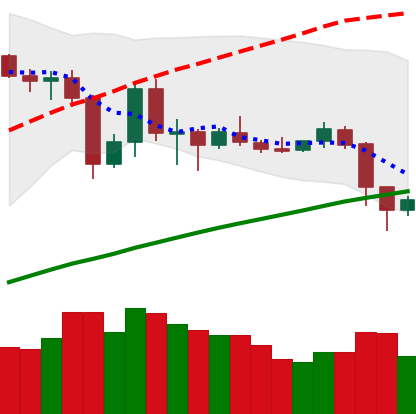
Ticker: LTC-USD
Chart end date: 2019-07-12
Forward return: -14.71%
Label: down_7plus